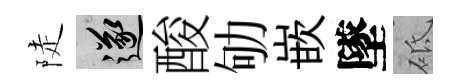
陡遂酸劬嵌墜砥